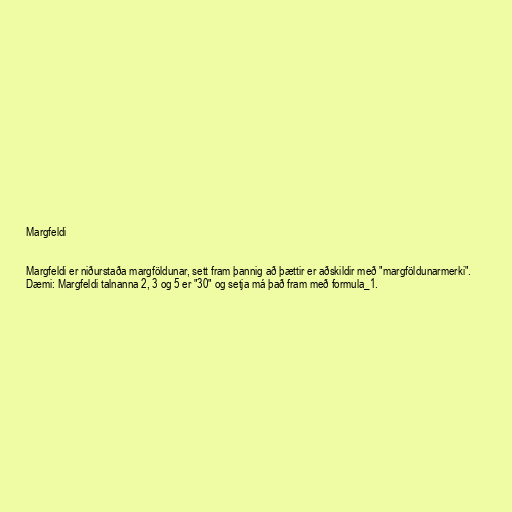
Margfeldi

Margfeldi er niðurstaða margföldunar, sett fram þannig að þættir er aðskildir með "margföldunarmerki".
Dæmi: Margfeldi talnanna 2, 3 og 5 er "30" og setja má það fram með formula_1.